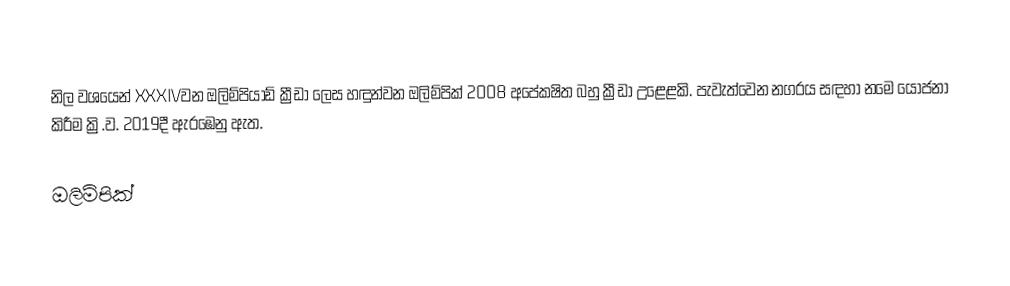
නිල වශයෙන් XXXIVවන ඔලිම්පියාඩ් ක්‍රීඩා ලෙස හඳුන්වන ඔලිම්පික් 2008 අපේකෂිත බහු ක්‍රීඩා උළෙළකි. පැවැත්වෙන නගරය සඳහා නමෙ යෝජනා කිරීම ක්‍රි.ව. 2019දී ඇරඹෙනු ඇත.

ඔලිම්පික්